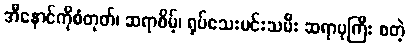
အီနောင်ကိုစံတုတ်၊ ဆရာစိမ့်၊ ရုပ်သေးမင်းသမီး ဆရာပုကြီး စတဲ့